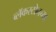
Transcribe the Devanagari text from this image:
ब्लॅकस्टोनच्या